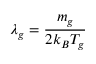
\lambda _ { g } = \frac { m _ { g } } { 2 k _ { B } T _ { g } }